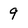
Character: 9